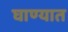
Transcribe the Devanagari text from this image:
घाण्यात